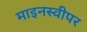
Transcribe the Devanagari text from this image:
माइनस्वीपर